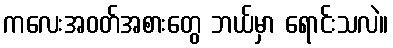
ကလေးအဝတ်အစားတွေ ဘယ်မှာ ရောင်းသလဲ။